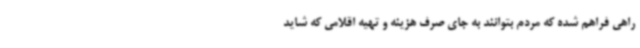
راهی فراهم شده که مردم بتوانند به جای صرف هزینه و تهیه اقلامی که شاید